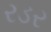
રડર